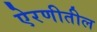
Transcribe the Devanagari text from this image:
ऐरणीतील